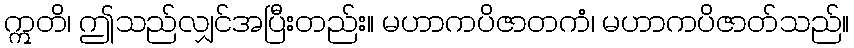
ဣတိ၊ ဤသည်လျှင်အပြီးတည်း။ မဟာကပိဇာတကံ၊ မဟာကပိဇာတ်သည်။